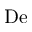
\mathrm { D e }